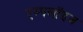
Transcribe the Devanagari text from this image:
एम्‍पलॉइज